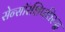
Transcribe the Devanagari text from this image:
सेन्सॉरशिपविरुद्ध